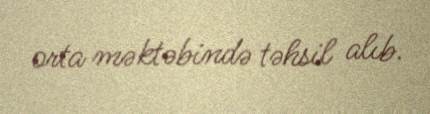
orta məktəbində təhsil alıb.